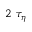
2 \ \tau _ { \eta }